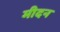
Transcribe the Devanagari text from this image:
मीदन